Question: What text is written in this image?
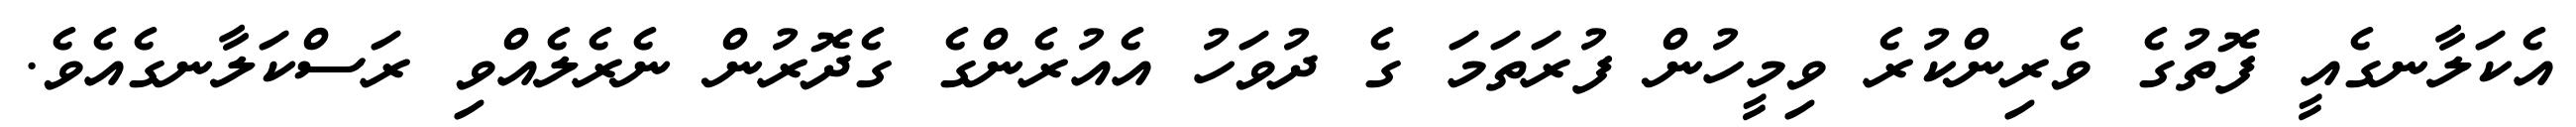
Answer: އެކަލާނގެއީ ފޮތުގެ ވެރިންކުރެ ވިމީހުން ފުރަތަމަ ގެ ދުވަހު އެއުރެންގެ ގެދޮރުން ނެރެލެއްވި ރަސްކަލާނގެއެވެ.